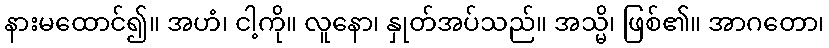
နားမထောင်၍။ အဟံ၊ ငါ့ကို။ လူနော၊ နှုတ်အပ်သည်။ အသ္မိ၊ ဖြစ်၏။ အာဂတော၊